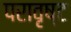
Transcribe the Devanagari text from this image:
परावृष्ट